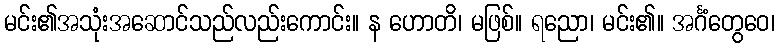
မင်း၏အသုံးအဆောင်သည်လည်းကောင်း။ န ဟောတိ၊ မဖြစ်။ ရညော၊ မင်း၏။ အင်္ဂံတွေဝေ၊